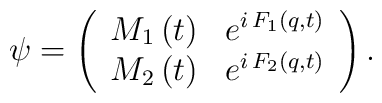
\psi =\left( \begin{array}{l}M_{1}\left( t\right) \,\,\,\,e^{i\,F_{1}\left( q,t\right) } \\ M_{2}\left( t\right) \,\,\,\,e^{i\,F_{2}\left( q,t\right) }\end{array}\right) .\,